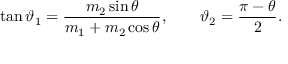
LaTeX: \tan \vartheta _ { 1 } = { \frac { m _ { 2 } \sin \theta } { m _ { 1 } + m _ { 2 } \cos \theta } } , \qquad \vartheta _ { 2 } = { \frac { { \pi } - { \theta } } { 2 } } .